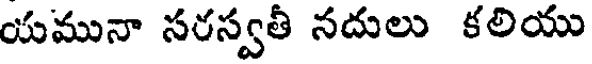
యమునా సరస్వతీ నదులు కలియు